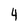
Character: 4